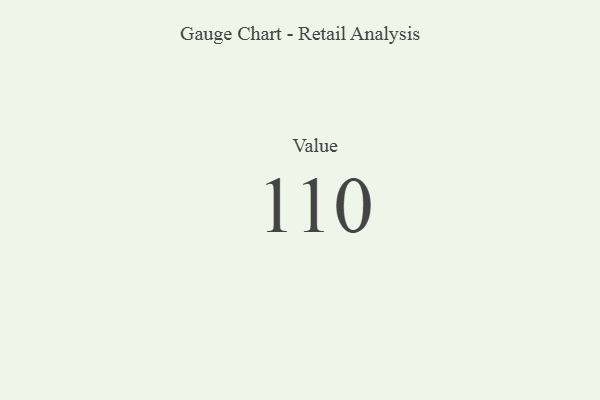
{"axis": {"x": "Metric", "y": "Value"}, "legend": [""], "data": [{"x": "Value", "y": 110, "type": ""}]}